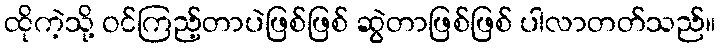
ထိုကဲ့သို့ ဝင်ကြည့်တာပဲဖြစ်ဖြစ် ဆွဲတာဖြစ်ဖြစ် ပါလာတတ်သည်။